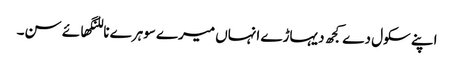
اپنے سکول دے کجھ دیہاڑے انہاں میرے سوہرے ناللنگھائے سن۔